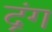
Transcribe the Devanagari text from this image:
द्रंग